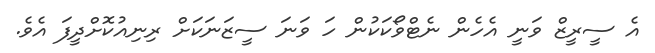
އެ ސީރީޒް ވަނީ އެހެން ނެޓްވޯކަކުން ހަ ވަނަ ސީޒަނަަކަށް ރިނިއުކޮށްދީފަ އެވެ.